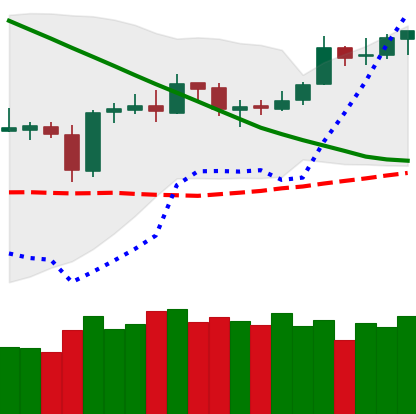
Ticker: BTC-USD
Chart end date: 2019-03-20
Forward return: -3.044%
Label: down_3_5